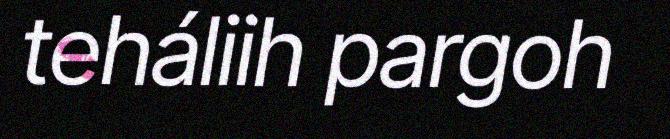
teháliih pargoh